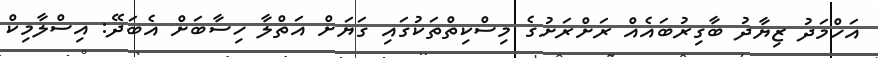
އަހްމަދު ޒިޔާދު ބާގިރުބައެއް ރަށްރަށުގެ މިސްކިތްތަކުގައި ގަޔަށް އަތްލާ ހިސާބަށް އެބަދޭ: އިސްލާމިކް